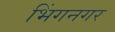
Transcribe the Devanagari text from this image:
भिंगनगर